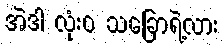
အဲဒါ လုံးဝ သခြောရဲ့လား